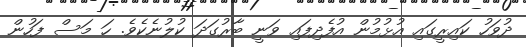
ދުވަހު ކައިރީގައި އުޅުމުން އުފެދިފައި ވަނީ ބާރުގަދަ ކުލުނެކެވެ. ހަ މަސް ފަހުން